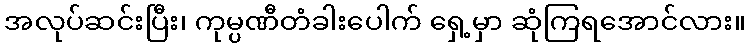
အလုပ်ဆင်းပြီး၊ ကုမ္ပဏီတံခါးပေါက် ရှေ့မှာ ဆုံကြရအောင်လား။